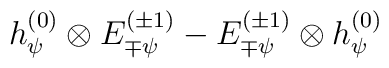
h_{\psi}^{(0)} \otimes E_{\mp \psi}^{(\pm 1)}- E_{\mp \psi}^{(\pm 1)}\otimes h_{\psi}^{(0)}